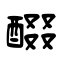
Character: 醊